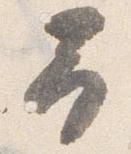
予